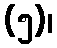
(၅)၊